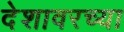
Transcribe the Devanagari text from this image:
देशावरच्या